Scottish Leaving Certificate Examination, 1958
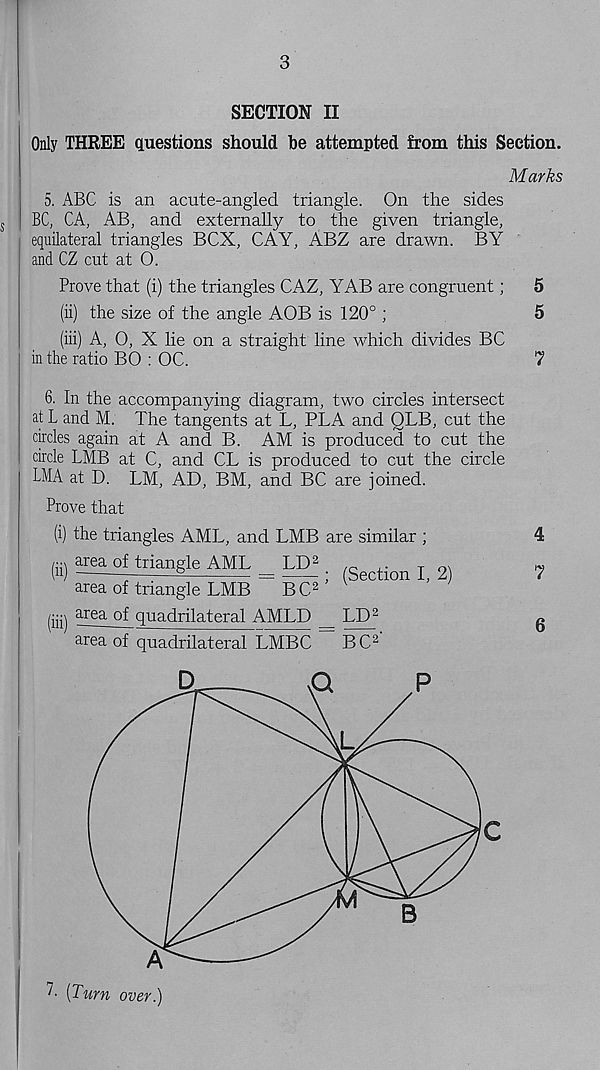
3
SECTION II
Only THREE questions should he attempted from this Section.
Marks
5. ABC is an acute-angled triangle. On the sides
BC, CA, AB, and externally to the given triangle,
equilateral triangles BOX, CAY, ABZ are drawn. BY
and CZ cut at 0.
Prove that (i) the triangles CAZ, YAB are congruent;
5
(ii) the size of the angle AOB is 120° ;
5
(iii) A, 0, X lie on a straight line which divides BC
in the ratio BO : OC.
7
6. In the accompanying diagram, two circles intersect
at L and M. The tangents at L, PLA and QLB, cut the
circles again at A and B. AM is produced to cut the
circle LMB at C, and CL is produced to cut the circle
LMA at D. LM, AD, BM, and BC are joined.
Prove that
(i) the triangles AML, and LMB are similar ;
4
B ggaCitjangle AML = LD^
n
7
area of triangle LMB
BC 2
(iii) area °f quadrilateral AMLD _ LD 2
g
area of quadrilateral LMBC
BC 2